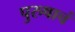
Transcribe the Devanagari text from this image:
पुरुषाचं